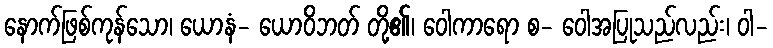
နောက်ဖြစ်ကုန်သော၊ ယောနံ- ယောဝိဘတ် တို့၏၊ ဝေါကာရော စ- ဝေါအပြုသည်လည်း၊ ဝါ-